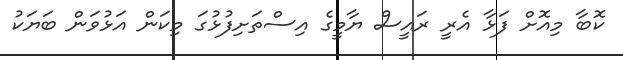
ކޮބާ މިއޮށް ފަޅާ އެރީ ރައީސް ޔާމީގެ އިސްތަށިފުޅުގަ މިކަން އަޅުވަން ބަޔަކު